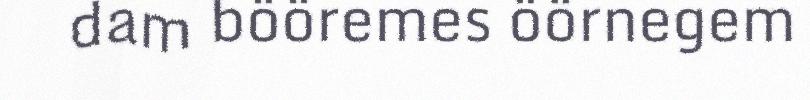
dam bööremes öörnegem